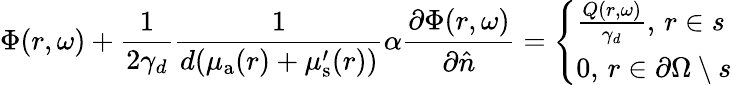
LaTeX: \Phi(r,\omega)+\frac{1}{2\gamma_{d}}\frac{1}{d(\mu_{{\mathrm a}}(r)+\mu_{\mathrm{s}}^{\prime}(r))}\alpha\frac{\partial\Phi(r,\omega)}{\partial\hat{n}}=\left\{ \begin{array}{l}{\frac{Q(r,\omega)}{\gamma_{d}},\, r\in s}\\ {0,\, r\in\partial\Omega\setminus s}\end{array}\right.